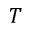
T